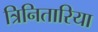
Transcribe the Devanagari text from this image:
त्रिनितारिया